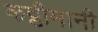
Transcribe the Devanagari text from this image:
कट्टीमानी